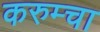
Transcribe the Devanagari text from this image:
करुम्चा